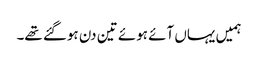
ہمیں یہاں آئے ہوئے تین دن ہوگئے تھے۔